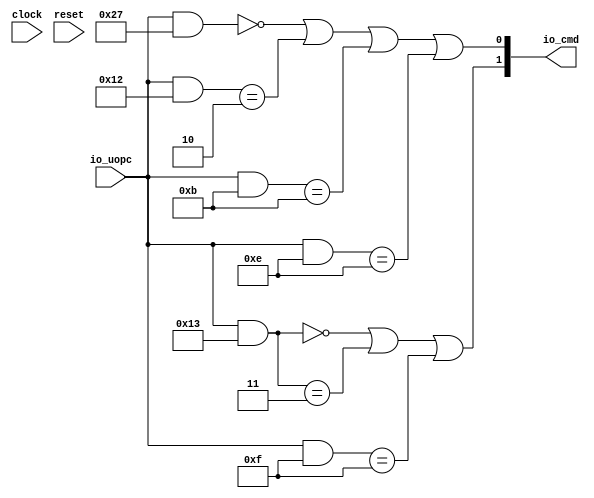
module FMADecoder(
  input        clock,
  input        reset,
  input  [6:0] io_uopc,
  output [1:0] io_cmd
);
  wire [6:0] _T = io_uopc & 7'h27; // @[Decode.scala 14:65]
  wire  _T_1 = _T == 7'h0; // @[Decode.scala 14:121]
  wire [6:0] _T_2 = io_uopc & 7'h12; // @[Decode.scala 14:65]
  wire  _T_3 = _T_2 == 7'h2; // @[Decode.scala 14:121]
  wire [6:0] _T_4 = io_uopc & 7'hb; // @[Decode.scala 14:65]
  wire  _T_5 = _T_4 == 7'hb; // @[Decode.scala 14:121]
  wire [6:0] _T_6 = io_uopc & 7'he; // @[Decode.scala 14:65]
  wire  _T_7 = _T_6 == 7'he; // @[Decode.scala 14:121]
  wire  lo = _T_1 | _T_3 | _T_5 | _T_7; // @[Decode.scala 15:30]
  wire [6:0] _T_11 = io_uopc & 7'h13; // @[Decode.scala 14:65]
  wire  _T_12 = _T_11 == 7'h0; // @[Decode.scala 14:121]
  wire  _T_14 = _T_11 == 7'h3; // @[Decode.scala 14:121]
  wire [6:0] _T_15 = io_uopc & 7'hf; // @[Decode.scala 14:65]
  wire  _T_16 = _T_15 == 7'hf; // @[Decode.scala 14:121]
  wire  hi = _T_12 | _T_14 | _T_16; // @[Decode.scala 15:30]
  assign io_cmd = {hi,lo}; // @[Cat.scala 30:58]
endmodule